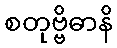
စတုဗ္ဗိဓာနိ